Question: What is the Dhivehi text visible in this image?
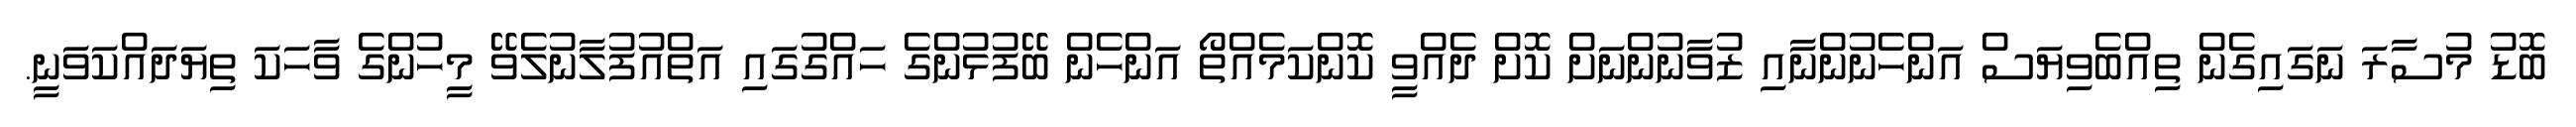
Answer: ބޮޑު މުސާރަ ނަގައިގެން ތިއްބެވިޔަސް އަންހެނުންނާއި ޒުވާނުންނަށް ކޮށް ދެއްވީ ކޮންކަމެއްތޯ އަންހެން ބޭފުޅުންގެ ހައްގުގައި އަތްއުފުލާނުލެވޭ މީހުންގެ ވާހަކަ ތިޔަދައްކަވަނީ.